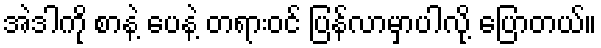
အဲဒါကို စာနဲ့ ပေနဲ့ တရားဝင် ပြန်လာမှာပါလို့ ပြောတယ်။